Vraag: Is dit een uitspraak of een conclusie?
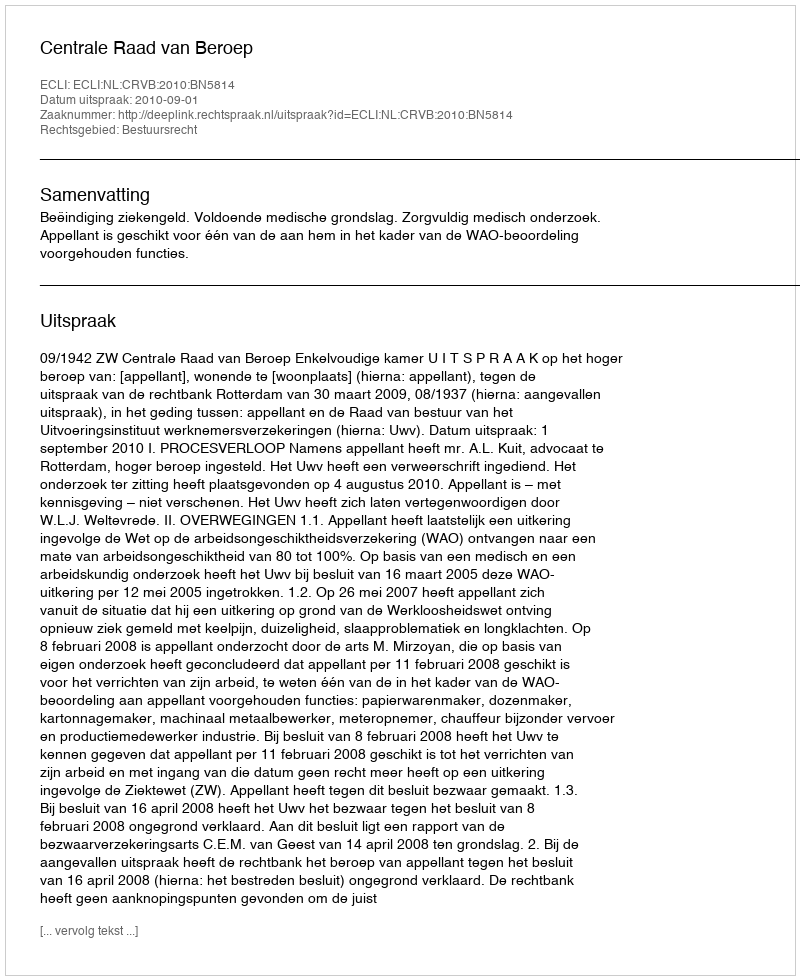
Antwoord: Uitspraak